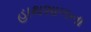
હાથશાળના